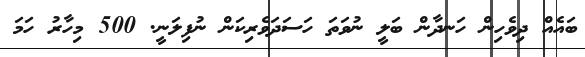
ބައެއް ދިވެހިން ހަނދާން ބަލީ ނުވަތަ ހަސަދަވެރިކަން ނުފިލަނީ. 500 މިހާރު ހަމަ